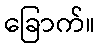
ခြောက်။